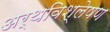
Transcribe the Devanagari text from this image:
अर्थविश्लेषण